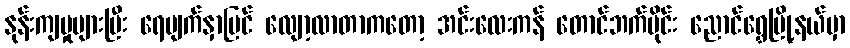
နုန်းကျမှုများပြီး ရေမျက်နှာပြင် လျော့လာတာကတော့ အင်းလေးကန် တောင်ဘက်ပိုင်း ညောင်ရွှေမြို့နယ်မှာ